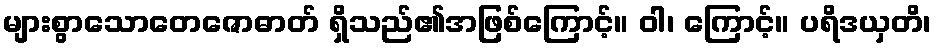
များစွာသောတေဇောဓာတ် ရှိသည်၏အဖြစ်ကြောင့်။ ဝါ၊ ကြောင့်။ ပရိဒယှတိ၊